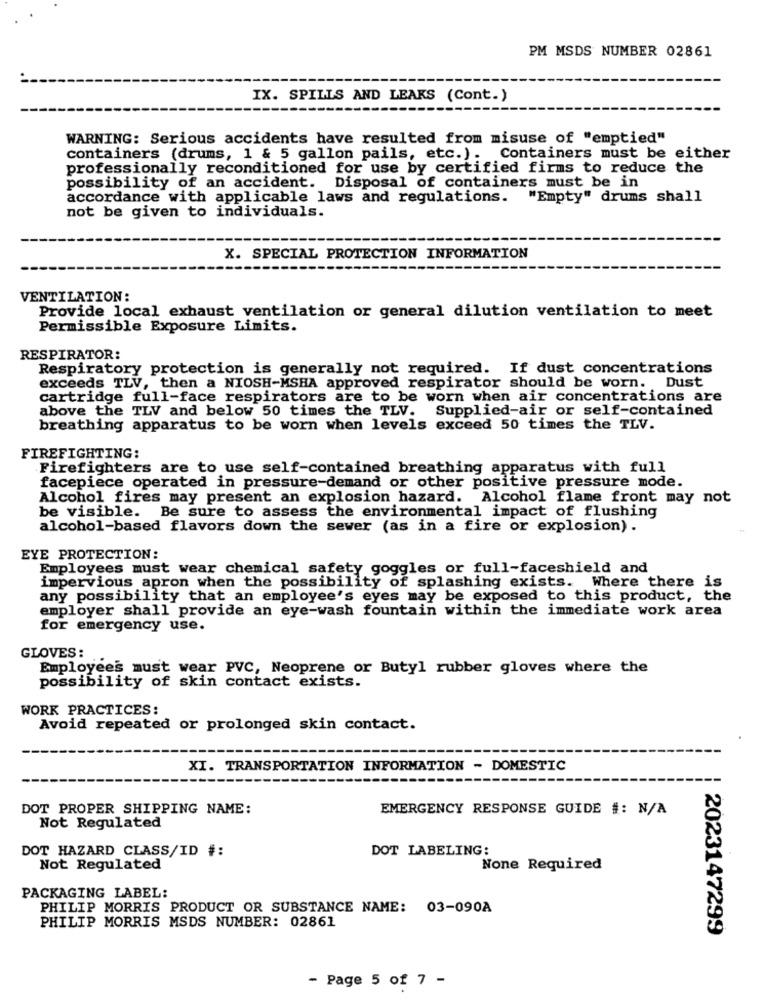
PM MSDS NUMBER 02861
IX. SPILLS AND LEAKS (Cont.)
WARNING: Serious accidents have resulted from misuse of "emptied"
containers (drums, 1 & 5 gallon pails, etc.). Containers must be either
professionally reconditioned for use by certified firms to reduce the
possibility of an accident. Disposal of containers must be in
accordance with applicable laws and regulations. "Empty" drums shall
not be given to individuals.
X. SPECIAL PROTECTION INFORMATION
VENTILATION:
Provide local exhaust ventilation or general dilution ventilation to meet
Permissible Exposure Limits.
RESPIRATOR:
Respiratory protection is generally not required. If dust concentrations
exceeds TLV, then a NIOSH-MSHA approved respirator should be worn. Dust
cartridge full-face respirators are to be worn when air concentrations are
above the TLV and below 50 times the TLV. Supplied-air or self-contained
breathing apparatus to be worn when levels exceed 50 times the TLV.
FIREFIGHTING:
Firefighters are to use self-contained breathing apparatus with full
facepiece operated in pressure-demand or other positive pressure mode.
Alcohol fires may present an explosion hazard. Alcohol flame front may not
be visible. Be sure to assess the environmental impact of flushing
alcohol-based flavors down the sewer (as in a fire or explosion).
EYE PROTECTION:
Employees must wear chemical safety goggles or full-faceshield and
impervious apron when the possibility of splashing exists. Where there is
any possibility that an employee's eyes may be exposed to this product, the
employer shall provide an eye-wash fountain within the immediate work area
for emergency use.
GLOVES:
Employees must wear PVC, Neoprene or Butyl rubber gloves where the
possibility of skin contact exists.
WORK PRACTICES:
Avoid repeated or prolonged skin contact.
XI. TRANSPORTATION INFORMATION - DOMESTIC
DOT PROPER SHIPPING NAME:
EMERGENCY RESPONSE GUIDE #: N/A
Not Regulated
DOT HAZARD CLASS/ID #:
DOT LABELING:
Not Regulated
None Required
PACKAGING LABEL:
PHILIP MORRIS PRODUCT OR SUBSTANCE NAME: 03-090A
PHILIP MORRIS MSDS NUMBER: 02861
2023147299
- Page 5 of 7 -